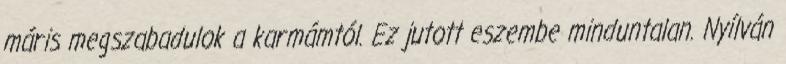
máris megszabadulok a karmámtól. Ez jutott eszembe minduntalan. Nyílván